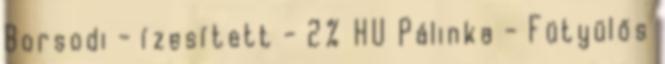
Borsodi - ízesített - 2% HU Pálinka - Fütyülős